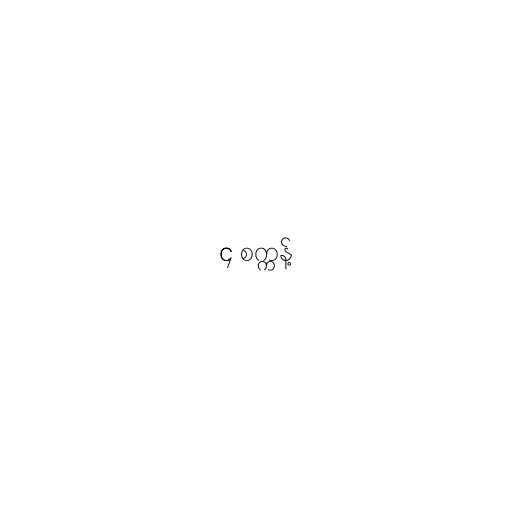
၄ စက္ကန့်